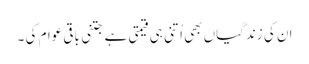
ان کی زندگیاں بھی اُتنی ہی قیمتی ہے جتنی باقی عوام کی ۔